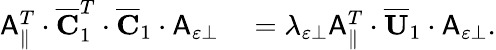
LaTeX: \begin{array}{rl}{\mathsf{A}_{\parallel}^{T}\cdot\overline{{\mathbf{C}}}_{1}^{T}\cdot\overline{{\mathbf{C}}}_{1}\cdot\mathsf{A}_{\varepsilon\perp}}&{{}=\lambda_{\varepsilon\perp}\mathsf{A}_{\parallel}^{T}\cdot\overline{{\mathbf{U}}}_{1}\cdot\mathsf{A}_{\varepsilon\perp}.}\end{array}